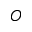
O